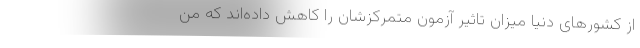
از کشورهای دنیا میزان تاثیر آزمون متمرکزشان را کاهش داده‌اند که من